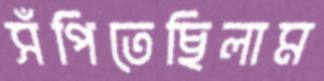
সঁপিতেছিলাম